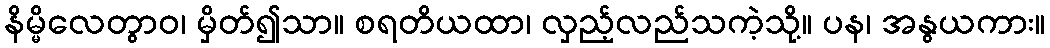
နိမ္မိလေတွာဝ၊ မှိတ်၍သာ။ စရတိယထာ၊ လှည့်လည်သကဲ့သို့။ ပန၊ အနွယကား။